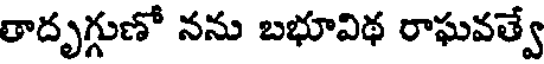
తాదృగ్గుణో నను బభూవిథ రాఘవత్వే